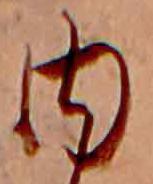
内